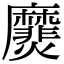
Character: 㸏